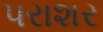
પરાશર